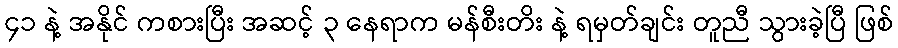
၄၁ နဲ့ အနိုင် ကစားပြီး အဆင့် ၃ နေရာက မန်စီးတိး နဲ့ ရမှတ်ချင်း တူညီ သွားခဲ့ပြီ ဖြစ်